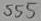
Text: 555